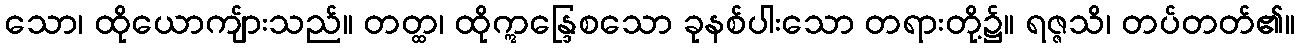
သော၊ ထိုယောကျ်ားသည်။ တတ္ထ၊ ထိုဣန္ဒြေစသော ခုနစ်ပါးသော တရားတို့၌။ ရဇ္ဇသိ၊ တပ်တတ်၏။